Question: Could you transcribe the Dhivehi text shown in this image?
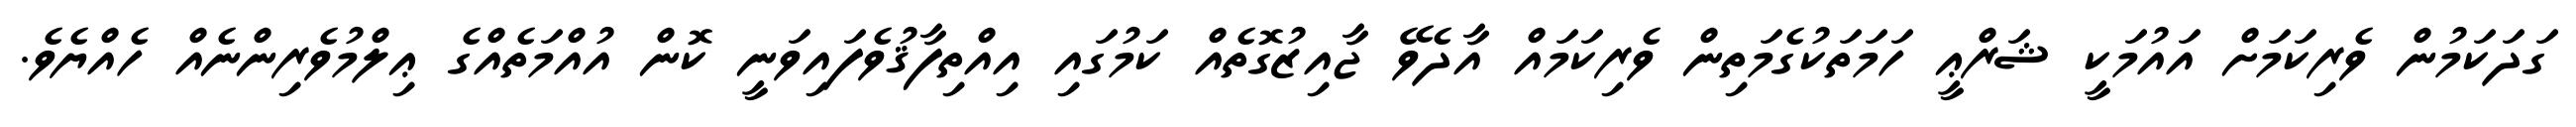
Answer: ގަދަކަމުން ވެރިކަމަށް އައުމަކީ ޝަރްޢީ ހަމަތަކުގެމަތިން ވެރިކަމައް އާދެވޭ ޖާއިޒުގޮތެއް ކަމުގައި އިއްތިފާޤުވެފައިވަނީ ކޮން އުއްމަތެއްގެ ޢިލްމުވެރިންނެއް ހެއްޔެވެ.